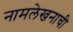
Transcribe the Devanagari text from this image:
नामलेखनाची